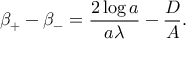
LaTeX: \beta _ { + } - \beta _ { - } = \frac { 2 \log a } { a \lambda } - \frac { D } { A } .